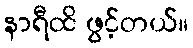
နာရီထိ ဖွင့်တယ်။